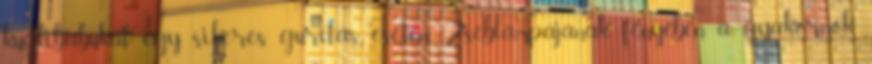
kuglibábukat egy sikeres gurítás esetén. Zseblámpájának fényében a gyakornok,